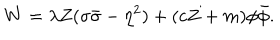
W = \lambda { Z } ( \sigma \bar { \sigma } - \eta ^ { 2 } ) + ( c Z + m ) \phi \bar { \phi } .